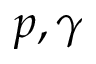
p , \gamma